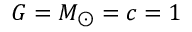
G = M _ { \odot } = c = 1